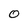
Character: 0